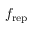
f _ { \mathrm { r e p } }